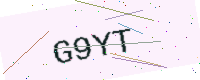
Text: G9YT